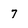
Character: 7